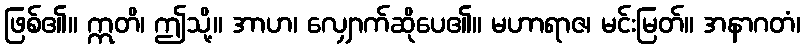
ဖြစ်၏။ ဣတိ၊ ဤသို့။ အာဟ၊ လျှောက်ဆိုပေ၏။ မဟာရာဇ၊ မင်းမြတ်။ အနာဂတံ၊